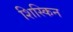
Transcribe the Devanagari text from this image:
शिस्किन